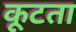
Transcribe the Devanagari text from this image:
कूटता